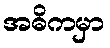
အဓိကမှာ